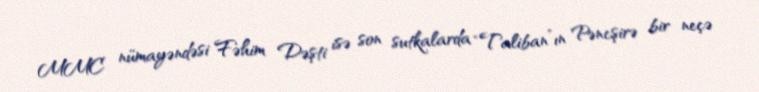
MMC nümayəndəsi Fəhim Dəşti isə son sutkalarda “Taliban”ın Pəncşirə bir neçə